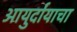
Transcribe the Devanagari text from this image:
आयुर्दायाचा